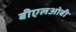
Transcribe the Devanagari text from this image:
बीएलओबी